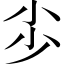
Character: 𡭣